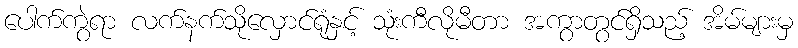
ပေါက်ကွဲရာ လက်နက်သိုလှောင်ရုံနှင့် သုံးကီလိုမီတာ အကွာတွင်ရှိသည့် အိမ်များမှ